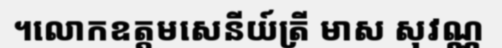
។លោកឧត្តមសេនីយ៍ត្រី មាស សុវណ្ណ